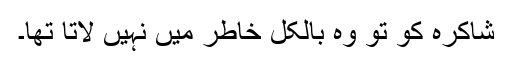
شاکرہ کو تو وہ بالکل خاطر میں نہیں لاتا تھا۔